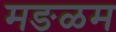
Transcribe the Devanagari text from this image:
मङळम